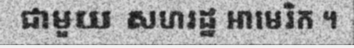
ជាមួយ សហរដ្ឋ អាមេរិក ។